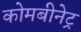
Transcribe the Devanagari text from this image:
कोमबीनेट्र